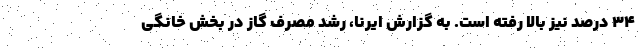
۳۴ درصد نیز بالا رفته است. به گزارش ایرنا، رشد مصرف گاز در بخش خانگی